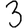
Digit: 3